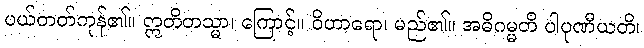
ပယ်တတ်ကုန်၏။ ဣတိတသ္မာ၊ ကြောင့်။ ဝိဟာရော၊ မည်၏။ အဓိဂမ္မတိ ပါပုဏီယတိ၊